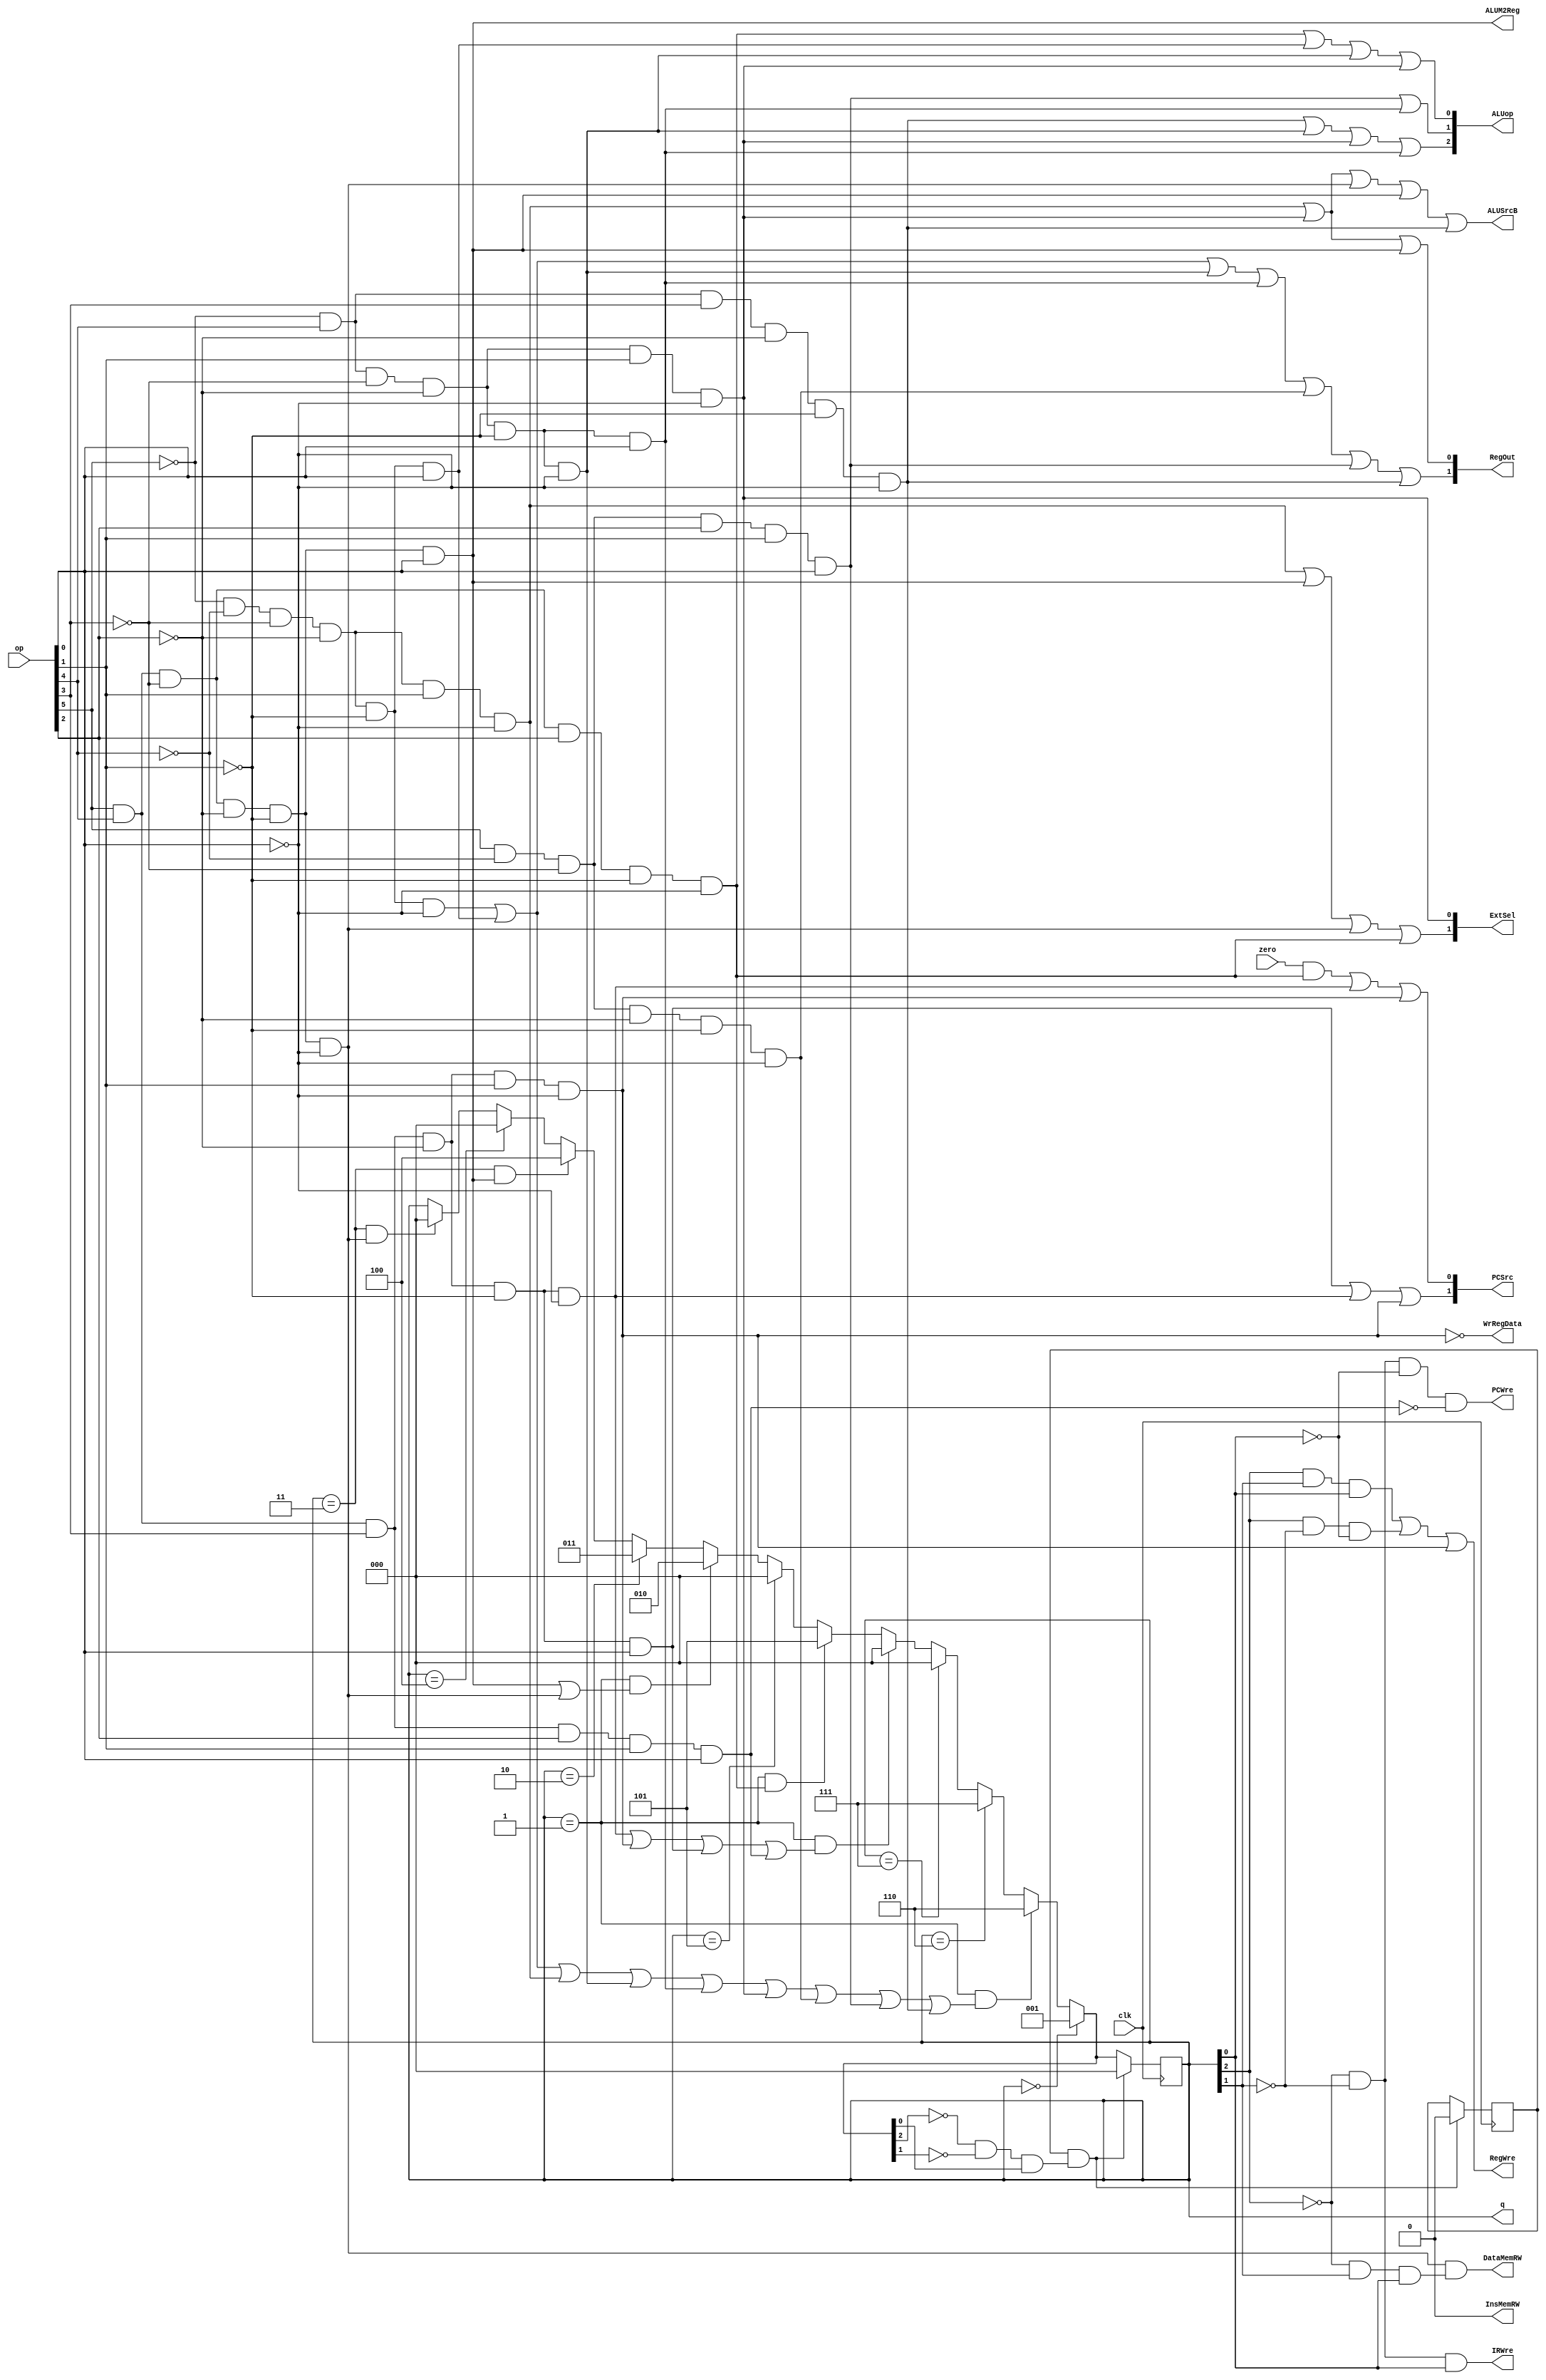
`timescale 1ns / 1ps
//////////////////////////////////////////////////////////////////////////////////
// Company: 
// Engineer: 
// 
// Design Name: 
// Module Name:    Control 
// Project Name: 
// Target Devices: 
// Tool versions: 
// Description: 
//
// Dependencies: 
//
// Revision: 
// Revision 0.01 - File Created
// Additional Comments: 
//
//////////////////////////////////////////////////////////////////////////////////

module Control(
input clk,
input [5:0] op,                                                                     // 
input zero,
output [2:0] ALUop, 
output [1:0] PCSrc, RegOut, ExtSel,
output PCWre, ALUSrcB, ALUM2Reg, RegWre, InsMemRW, DataMemRW, WrRegData, IRWre,
output reg [2:0] q
	);
	reg RST;
	wire add, addi, sub, ori, and_, or_, move, sw, lw, beq, halt, sll, slt, j, jr, jal;                    // 
	assign add = ~op[5] & ~op[4] & ~op[3] & ~op[2] & ~op[1] & ~op[0];
   assign sub = ~op[5] & ~op[4] & ~op[3] & ~op[2] & ~op[1] & op[0];
   assign addi = ~op[5] & ~op[4] & ~op[3] & ~op[2] & op[1] & ~op[0];
   assign or_ = ~op[5] & op[4] & ~op[3] & ~op[2] & ~op[1] & ~op[0];
   assign and_ = ~op[5] & op[4] & ~op[3] & ~op[2] & ~op[1] & op[0];
   assign ori = ~op[5] & op[4] & ~op[3] & ~op[2] & op[1] & ~op[0];
	assign sll = ~op[5] & op[4] & op[3] & ~op[2] & ~op[1] & ~op[0];
   assign move = op[5] & ~op[4] & ~op[3] & ~op[2] & ~op[1] & ~op[0];
	assign slt = op[5] & ~op[4] & ~op[3] & op[2] & op[1] & op[0];
   assign sw = op[5] & op[4] & ~op[3] & ~op[2] & ~op[1] & ~op[0];
   assign lw = op[5] & op[4] & ~op[3] & ~op[2] & ~op[1] & op[0];
   assign beq = op[5] & op[4] & ~op[3] & op[2] & ~op[1] & ~op[0];
	assign j = op[5] & op[4] & op[3] & ~op[2] & ~op[1] & ~op[0];
	assign jr = op[5] & op[4] & op[3] & ~op[2] & ~op[1] & op[0];
	assign jal = op[5] & op[4] & op[3] & ~op[2] & op[1] & ~op[0];
   assign halt = op[5] & op[4] & op[3] & op[2] & op[1] & op[0];
	
	assign ALUop[2] = sll | or_ | ori | and_;                                                 // ALU
	assign ALUop[1] = slt | and_;
	assign ALUop[0] = beq | sub | or_ | ori;
                                                          // 
   assign ALUSrcB = addi | ori | sw | lw | sll;
   assign ALUM2Reg = lw;
   assign InsMemRW = 0;
	assign WrRegData = ~jal;
	assign PCSrc[1] = jr | j | jal;
	assign PCSrc[0] = (zero & beq) | j | jal;
	assign RegOut[1] = add | sub | or_ | and_ | move | slt | sll;
	assign RegOut[0] = addi | ori | lw;
	assign ExtSel[1] = addi | lw | sw | beq;
	assign ExtSel[0] = ori;
	
	assign IRWre = ~q[2] & ~q[1] & q[0];
	assign PCWre = (~q[2] & ~q[1] & ~q[0] & ~halt);
	assign RegWre = (q[2] & q[1] & q[0]) | (q[2] & ~q[1] & ~q[0]) | jal;
	assign DataMemRW = sw && (~q[2] & q[1] & q[0]);
	
	initial begin
		RST = 1;
		q = 3'b000;
	end;
	
	
	/*always @(posedge clk) begin
		$display ("%b", op);
		$display ("%b", q);
		q = q + 1;
		if ((j | jal | jr | halt) && (q == 2))
			q = 0;
		if ((beq) && (q == 3))
		   q = 0;
		if ((add | sub | addi | or_ | and_ | ori | move | slt | sll | sw) && (q == 4))
			q = 0;
		if ((lw) && (q == 5))
			q = 0;
   end
	*/
	always @(posedge clk) begin
		$display ("op %b\n", op);
		$display ("%b->", q);
		if (q == 3'b000) begin
			q = 3'b001;
		end
		else if (q == 3'b001 && (add | sub | addi | or_ | and_ | ori | move | slt | sll)) begin
			q = 3'b110;
		end
		else if (q == 3'b110) begin
			q = 3'b111;
		end
		else if (q == 3'b111) begin
			q = 3'b000;
		end
		else if (q == 3'b001 && (j | jal | jr | halt)) begin
			q = 3'b000;
		end
		else if (q == 3'b001 && beq) begin
			q = 3'b101;
		end
		else if (q == 3'b101) begin
			q = 3'b000;
		end
		else if (q == 3'b001 && (lw | sw)) begin
			q = 3'b010;
		end
		else if (q == 3'b010) begin
			q = 3'b011;
		end
		else if (q == 3'b011 && lw) begin
			q = 3'b100;
		end
		else if (q == 3'b100) begin
			q = 3'b000;
		end
		else if (q == 3'b011 && sw) begin
			q = 3'b000;
		end
		if ((RST == 1) && (~q[2] & ~q[1] & q[0])) begin
			$display ("FUCK YOU");
			q = 3'b000;
			RST = 0;
		end
		$display ("%b", q);
	end
		
	
	
endmodule